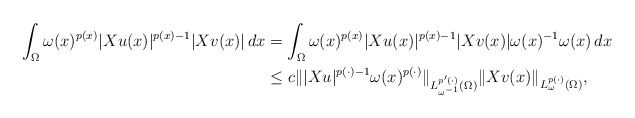
\begin{align*}\int_{\Omega}\omega(x)^{p(x)}|Xu(x)|^{p(x)-1}|Xv(x)|\,dx&=\int_{\Omega}\omega(x)^{p(x)}|Xu(x)|^{p(x)-1}|Xv(x)|\omega(x)^{-1}\omega(x)\,dx\\&\leq c\||Xu|^{p(\cdot)-1}\omega(x)^{p(\cdot)}\|_{L^{p'(\cdot)}_{\omega^{-1}}(\Omega)}\|Xv(x)\|_{L^{p(\cdot)}_{\omega}(\Omega)},\end{align*}